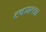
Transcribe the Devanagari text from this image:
टक्सत्ला